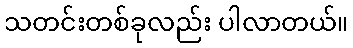
သတင်းတစ်ခုလည်း ပါလာတယ်။